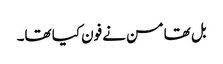
بل تھامسن نے فون کیا تھا۔